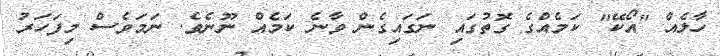
ހާލެއް "އޯކޭ" ކަމެއްގެ ގޮތުގައި ނަގައިގެން ވާނެ ކަމެއް ނޫނެވެ. ނަމަވެސް މިފަހަރު